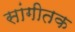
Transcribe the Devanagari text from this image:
सांगीतक